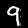
Label: 9